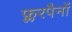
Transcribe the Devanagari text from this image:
फ्लरपैनों